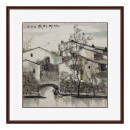
空自觉围羞带减，影怯灯孤。